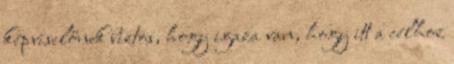
képviselőnek biztos, hogy igaza van, hogy itt a célhoz